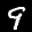
Label: 9